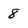
Character: 8